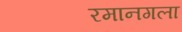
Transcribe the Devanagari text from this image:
रमानगला